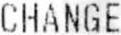
CHANGE